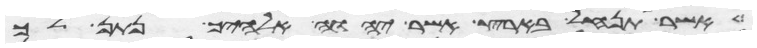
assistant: אשר תנחל בארץ אשר יהוה אלהיך נתן לך